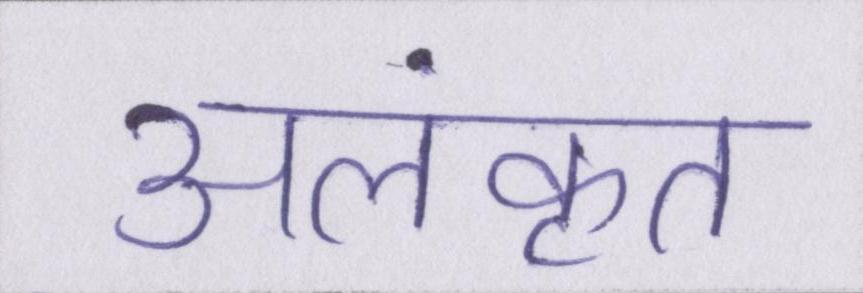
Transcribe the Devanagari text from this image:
अलंकृत